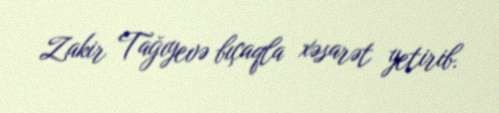
Zakir Tağıyevə bıçaqla xəsarət yetirib.